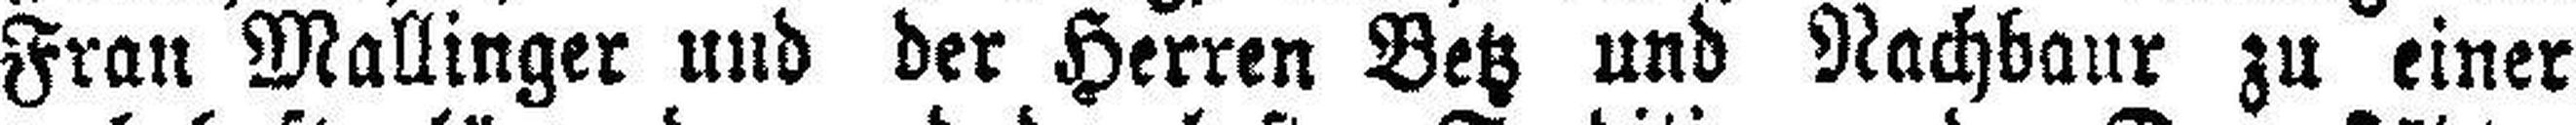
Frau Mallinger und der Herren Betz und Nachbaur zu einer